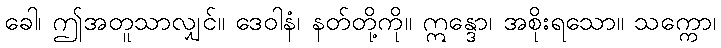
ခေါ၊ ဤအတူသာလျှင်။ ဒေဝါနံ၊ နတ်တို့ကို။ ဣန္ဒော၊ အစိုးရသော။ သက္ကော၊